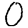
Digit: 0